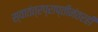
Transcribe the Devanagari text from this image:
स्वातंत्रप्राप्तीनंतरही